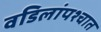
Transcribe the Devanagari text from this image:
वडिलांपश्चात